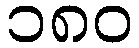
၁၈၀